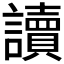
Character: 讀